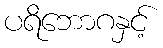
ပရိဘောဂနှင့်